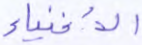
الأغنياء